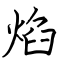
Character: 焰